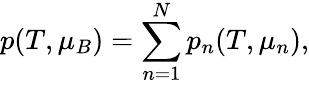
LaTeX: p(T,\mu_{B})=\sum_{n=1}^{N}p_{n}(T,\mu_{n}),